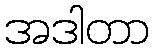
အဒါတာ